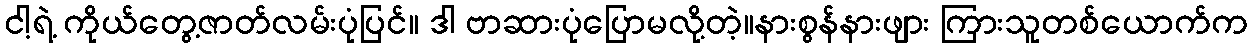
ငါ့ရဲ့ ကိုယ်တွေ့ဇာတ်လမ်းပုံပြင်။ ဒါ ဗာဆားပုံပြောမလို့တဲ့။နားစွန်နားဖျား ကြားသူတစ်ယောက်က